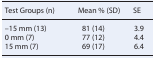
<table><thead><tr><td><b>Test Groups (n)</b></td><td><b>Mean % (SD)</b></td><td><b>SE</b></td></tr></thead><tbody><tr><td>–15 mm (13)</td><td>81 (14)</td><td>3.9</td></tr><tr><td>0 mm (7)</td><td>77 (12)</td><td>4.4</td></tr><tr><td>15 mm (7)</td><td>69 (17)</td><td>6.4</td></tr></tbody></table>